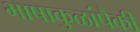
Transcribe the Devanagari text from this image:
भाषाकुळांपैकी